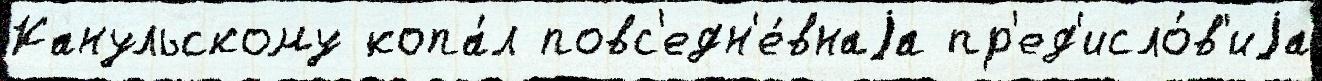
Канульскому копа́л повс'едн'е́внаjа пр'ед'исло́в'иjа